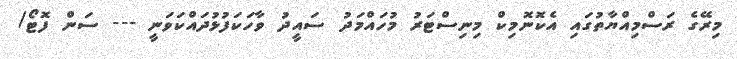
މިރޭގެ ރަސްމިއްޔާތުގައި އެކޮނޮމިކް މިނިސްޓަރު މުހައްމަދު ސައީދު ވާހަކަފުޅުދައްކަވަނީ --- ސަން ފޮޓޯ/